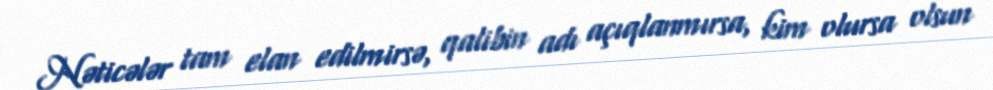
Nəticələr tam elan edilmirsə, qalibin adı açıqlanmırsa, kim olursa olsun